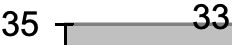
35    33